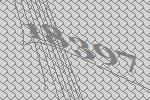
18397